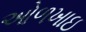
ઓળખાઇ